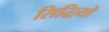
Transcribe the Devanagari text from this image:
सिद्धियो